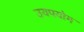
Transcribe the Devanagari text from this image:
उयपयोग